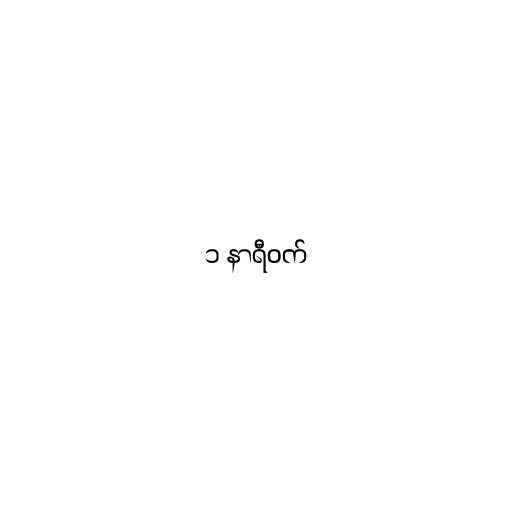
၁ နာရီဝက်